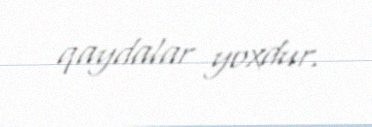
qaydalar yoxdur.